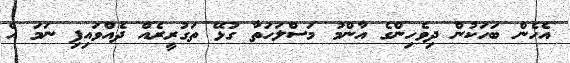
އެހެން ބަހަކުން ދިވެހިންގެ އާންމު މަސްލަހަތާ ގުޅޭ ތަގުރީރެއް ދެއްވައިފި ނަމަ އެ